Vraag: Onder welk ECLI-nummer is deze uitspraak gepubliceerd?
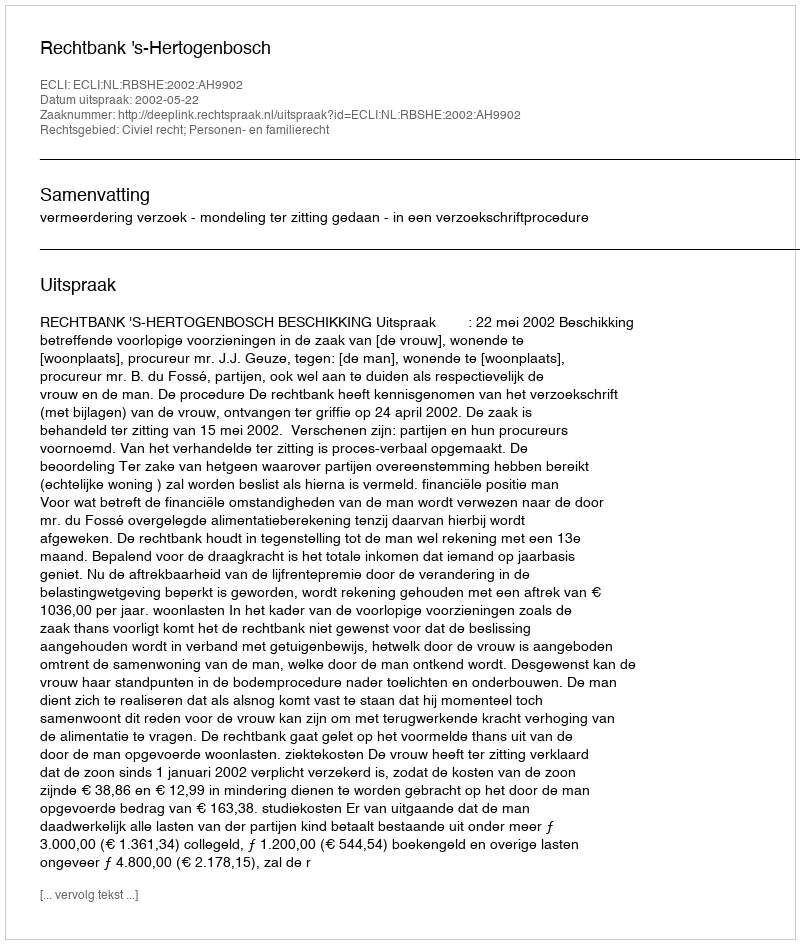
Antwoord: ECLI:NL:RBSHE:2002:AH9902